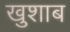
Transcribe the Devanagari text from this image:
खुशाब